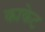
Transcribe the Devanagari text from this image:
काकेट